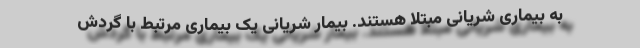
به بیماری شریانی مبتلا هستند. بیمار شریانی یک بیماری مرتبط با گردش